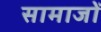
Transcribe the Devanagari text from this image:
सामाजों